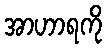
အာဟာရကို